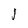
Character: J